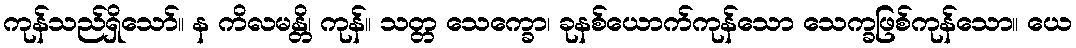
ကုန်သည်ရှိသော်။ န ကိလမန္တိ၊ ကုန်။ သတ္တ သေက္ခော၊ ခုနစ်ယောက်ကုန်သော သေက္ခဖြစ်ကုန်သော။ ယေ